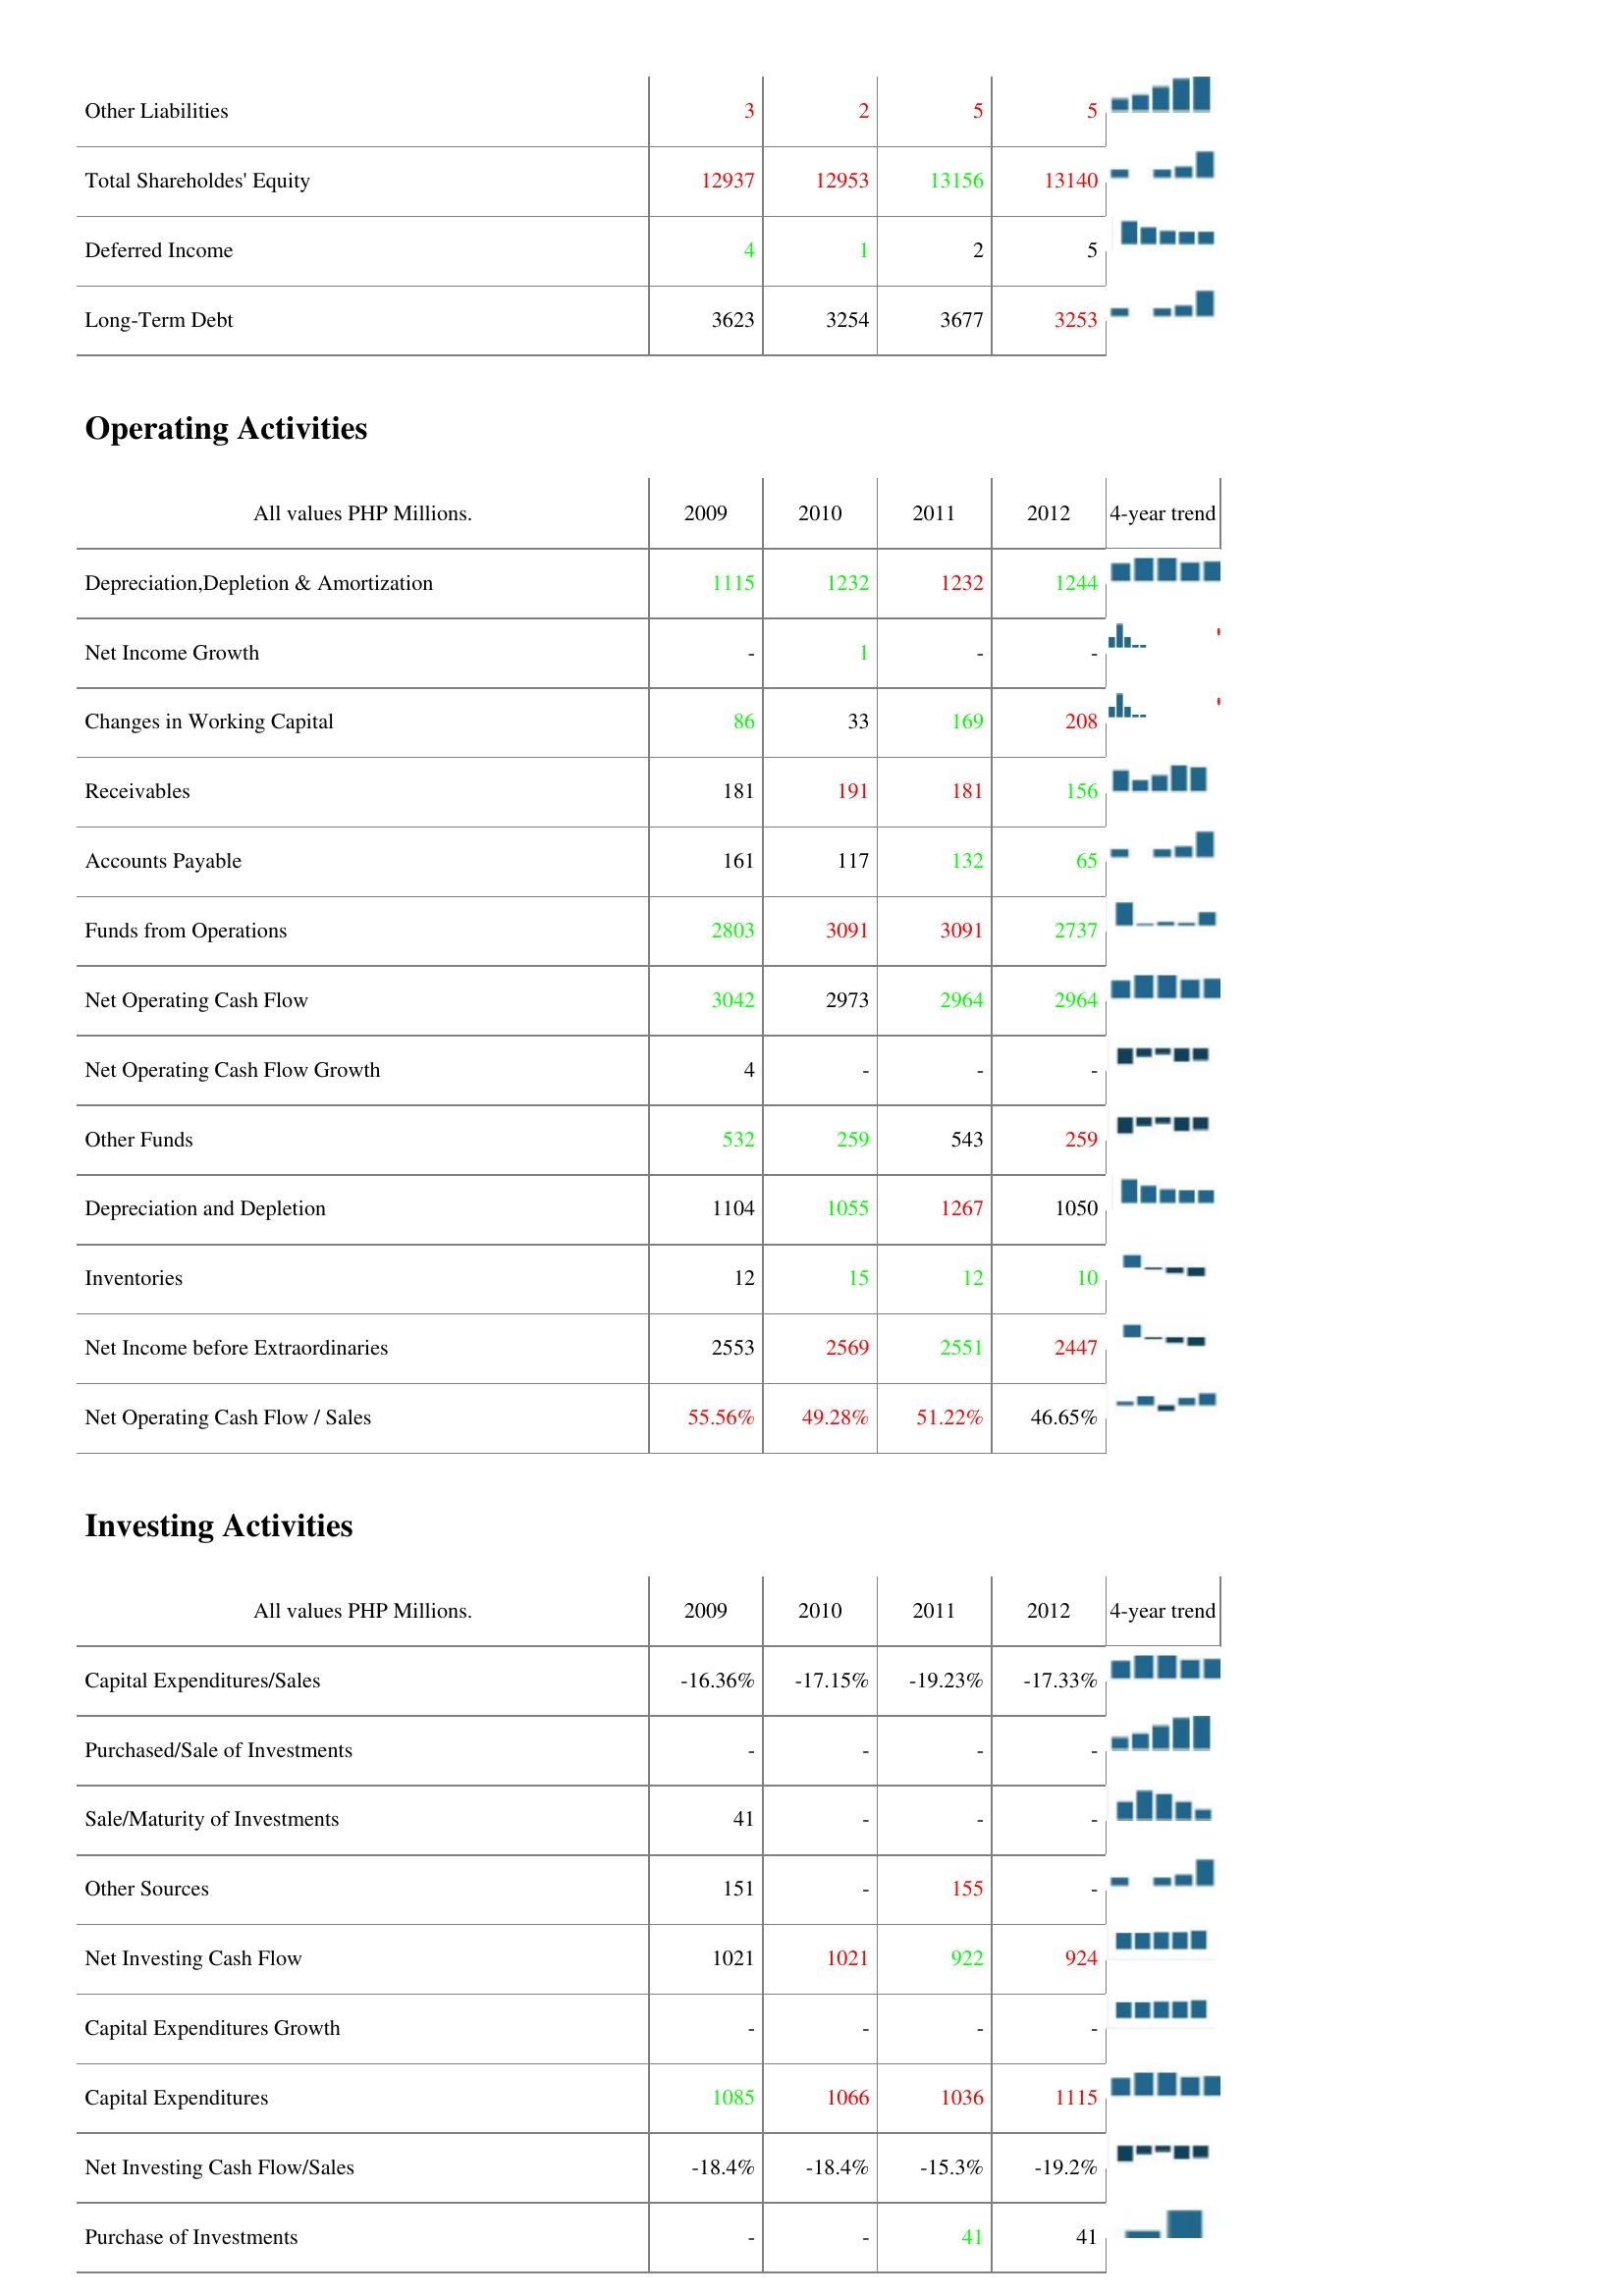
2009: Liabilities & Shareholder's Equity: Other Liabilities: 3
Total Shareholdes' Equity: 12937
Deferred Income: 4
Long-Term Debt: 3623
Operating Activities: Depreciation,Depletion & Amortization: 1115
Net Income Growth: -
Changes in Working Capital: 86
Receivables: 181
Accounts Payable: 161
Funds from Operations: 2803
Net Operating Cash Flow: 3042
Net Operating Cash Flow Growth: 4
Other Funds: 532
Depreciation and Depletion: 1104
Inventories: 12
Net Income before Extraordinaries: 2553
Net Operating Cash Flow / Sales: 55.56%
Investing Activities: Capital Expenditures/Sales: -16.36%
Purchased/Sale of Investments: -
Sale/Maturity of Investments: 41
Other Sources: 151
Net Investing Cash Flow: 1021
Capital Expenditures Growth: -
Capital Expenditures: 1085
Net Investing Cash Flow/Sales: -18.4%
Purchase of Investments: -
2010: Liabilities & Shareholder's Equity: Other Liabilities: 2
Total Shareholdes' Equity: 12953
Deferred Income: 1
Long-Term Debt: 3254
Operating Activities: Depreciation,Depletion & Amortization: 1232
Net Income Growth: 1
Changes in Working Capital: 33
Receivables: 191
Accounts Payable: 117
Funds from Operations: 3091
Net Operating Cash Flow: 2973
Net Operating Cash Flow Growth: -
Other Funds: 259
Depreciation and Depletion: 1055
Inventories: 15
Net Income before Extraordinaries: 2569
Net Operating Cash Flow / Sales: 49.28%
Investing Activities: Capital Expenditures/Sales: -17.15%
Purchased/Sale of Investments: -
Sale/Maturity of Investments: -
Other Sources: -
Net Investing Cash Flow: 1021
Capital Expenditures Growth: -
Capital Expenditures: 1066
Net Investing Cash Flow/Sales: -18.4%
Purchase of Investments: -
2011: Liabilities & Shareholder's Equity: Other Liabilities: 5
Total Shareholdes' Equity: 13156
Deferred Income: 2
Long-Term Debt: 3677
Operating Activities: Depreciation,Depletion & Amortization: 1232
Net Income Growth: -
Changes in Working Capital: 169
Receivables: 181
Accounts Payable: 132
Funds from Operations: 3091
Net Operating Cash Flow: 2964
Net Operating Cash Flow Growth: -
Other Funds: 543
Depreciation and Depletion: 1267
Inventories: 12
Net Income before Extraordinaries: 2551
Net Operating Cash Flow / Sales: 51.22%
Investing Activities: Capital Expenditures/Sales: -19.23%
Purchased/Sale of Investments: -
Sale/Maturity of Investments: -
Other Sources: 155
Net Investing Cash Flow: 922
Capital Expenditures Growth: -
Capital Expenditures: 1036
Net Investing Cash Flow/Sales: -15.3%
Purchase of Investments: 41
2012: Liabilities & Shareholder's Equity: Other Liabilities: 5
Total Shareholdes' Equity: 13140
Deferred Income: 5
Long-Term Debt: 3253
Operating Activities: Depreciation,Depletion & Amortization: 1244
Net Income Growth: -
Changes in Working Capital: 208
Receivables: 156
Accounts Payable: 65
Funds from Operations: 2737
Net Operating Cash Flow: 2964
Net Operating Cash Flow Growth: -
Other Funds: 259
Depreciation and Depletion: 1050
Inventories: 10
Net Income before Extraordinaries: 2447
Net Operating Cash Flow / Sales: 46.65%
Investing Activities: Capital Expenditures/Sales: -17.33%
Purchased/Sale of Investments: -
Sale/Maturity of Investments: -
Other Sources: -
Net Investing Cash Flow: 924
Capital Expenditures Growth: -
Capital Expenditures: 1115
Net Investing Cash Flow/Sales: -19.2%
Purchase of Investments: 41